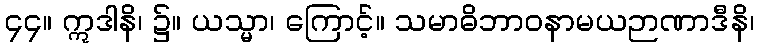
၄၄။ ဣဒါနိ၊ ၌။ ယသ္မာ၊ ကြောင့်။ သမာဓိဘာဝနာမယဉာဏာဒီနိ၊